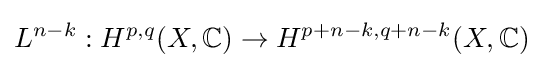
L^{n-k}:H^{p,q}(X,\mathbb {C} )\to H^{p+n-k,q+n-k}(X,\mathbb {C} )